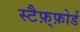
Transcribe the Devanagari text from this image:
स्टैफ़्फ़ोर्ड